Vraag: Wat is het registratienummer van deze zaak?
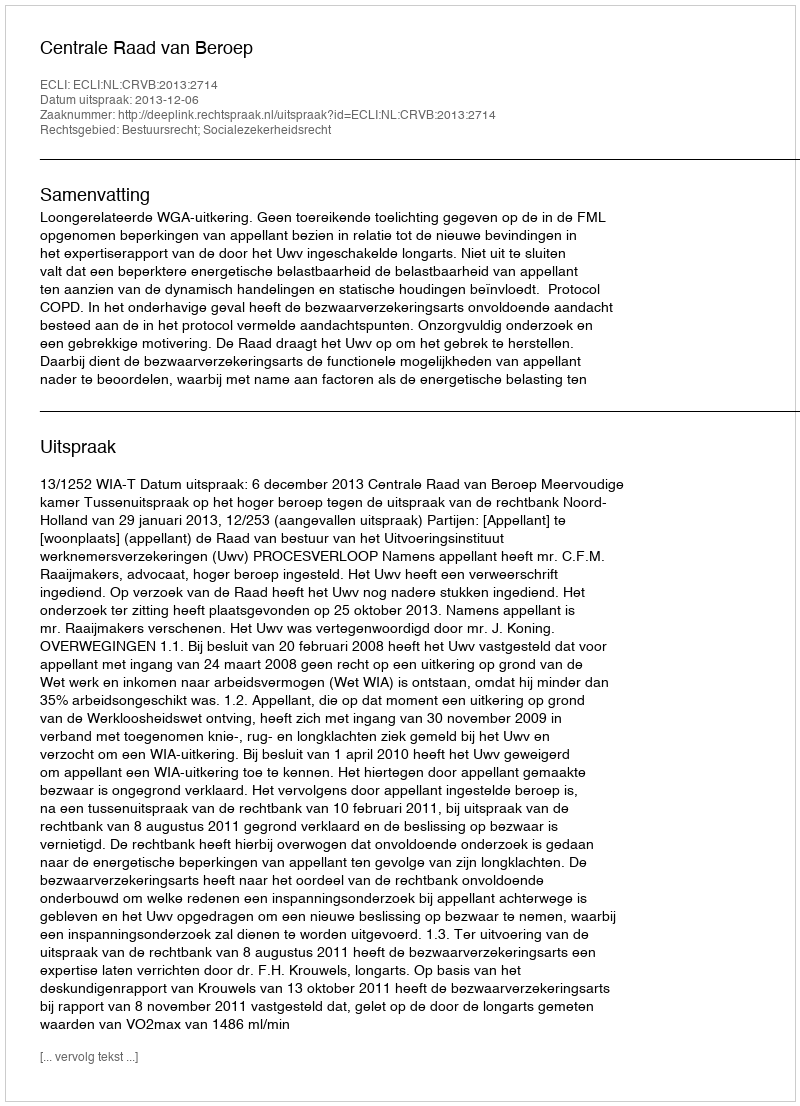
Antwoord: http://deeplink.rechtspraak.nl/uitspraak?id=ECLI:NL:CRVB:2013:2714